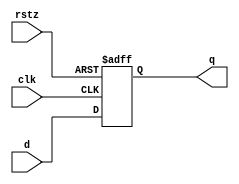
module dff_r0_cell #(parameter DW=1)
( rstz, clk, d, q );
input rstz, clk;
input [DW-1:0] d;
output [DW-1:0] q;

reg [DW-1:0] q;
always @(posedge clk or negedge rstz)
  begin
    if (~rstz)
      q <= {DW{1'b0}};
    else
      q <= d;
  end
endmodule